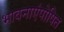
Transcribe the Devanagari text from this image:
भावनाएंपोषित